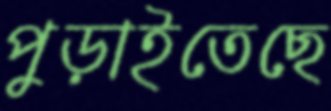
পুড়াইতেছে